Sketch of the medical history of the native army of Bombay, for the year
Year: 1872
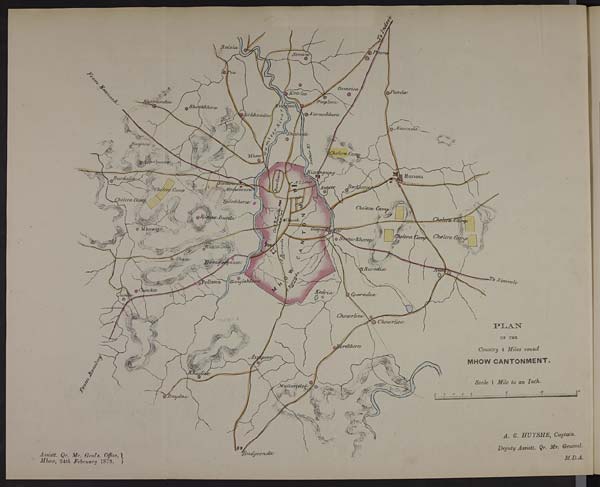
PLAN
OF THE
Country 4 Miles round
MHOW CANTONMENT.
Scale 1 Mile to an Inch.
A. G. HUYSHE, Captain.
Deputy Assistt. Qr. Mr. General.
Assistt. Qr. Mr. Genl's. Office
Mhow, 24th February 1873.